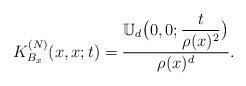
LaTeX: \begin{align*}K_{B_x}^{(N)}(x,x;t)=\frac{\displaystyle\mathbb{U}_d\big(0,0;\frac{t}{\rho(x)^2}\big)}{\rho(x)^d}.\end{align*}